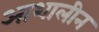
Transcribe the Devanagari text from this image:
आशालीन